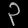
Digit: ၃